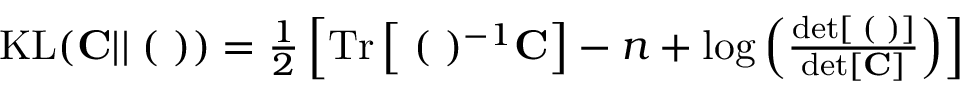
\begin{array} { r } { \mathrm { K L } ( { \bf C } | | { \bf \Xi } ( { \bf \Lambda } ) ) = \frac { 1 } { 2 } \left[ \mathrm { T r } \left[ { \bf \Xi } ( { \bf \Lambda } ) ^ { - 1 } { \bf C } \right] - n + \log \left( \frac { \mathrm { d e t } \left[ { \bf \Xi } ( { \bf \Lambda } ) \right] } { \mathrm { d e t } \left[ { \bf C } \right] } \right) \right] } \end{array}